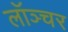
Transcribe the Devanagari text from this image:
लॉञ्चर